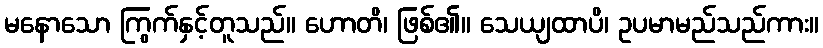
မနောသော ကြွက်နှင့်တူသည်။ ဟောတိ၊ ဖြစ်၏။ သေယျထာပိ၊ ဥပမာမည်သည်ကား။